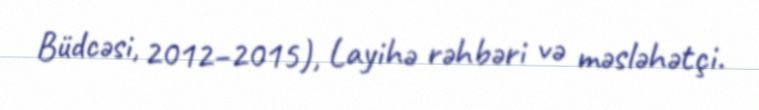
Büdcəsi, 2012–2015), Layihə rəhbəri və məsləhətçi.